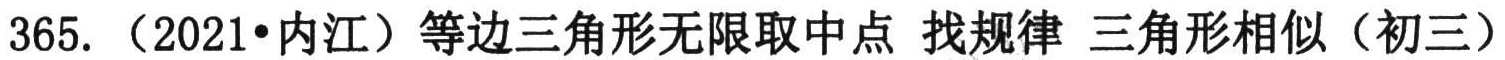
365. （2021•内江）等边三角形无限取中点 找规律 三角形相似（初三）